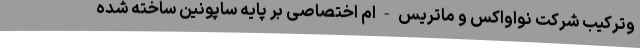
وترکیب شرکت نواواکس و ماتریس-ام اختصاصی بر پایه ساپونین ساخته شده